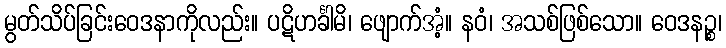
မွတ်သိပ်ခြင်းဝေဒနာကိုလည်း။ ပဋိဟင်္ခါမိ၊ ဖျောက်အံ့။ နဝံ၊ အသစ်ဖြစ်သော။ ဝေဒနဉ္စ၊